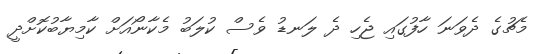
މެޗުގެ ދެވަނަ ހާފުގައި ޖެހި ދެ ލަނޑު ވެސް ކުލަބު މެކާނޯއަށް ކާމިޔާބުކޮށްދީ